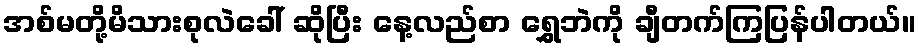
အစ်မတို့မိသားစုလဲခေါ် ဆိုပြီး နေ့လည်စာ ရွှေဘဲကို ချီတက်ကြပြန်ပါတယ်။